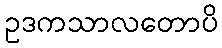
ဥဒကသာလတောပိ